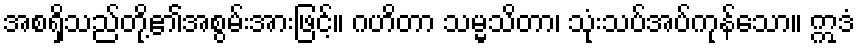
အစရှိသည်တို့၏အစွမ်းအားဖြင့်။ ဂဟိတာ သမ္မသိတာ၊ သုံးသပ်အပ်ကုန်သော။ ဣဒံ